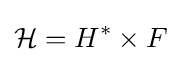
{\mathcal {H}}=H^{*}\times F